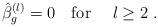
LaTeX: \begin{align*}\hat\beta_g^{(l)} = 0 \quad \mbox{for } \quad l \geq 2 \ .\end{align*}